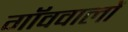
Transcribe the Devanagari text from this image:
गॉववालों